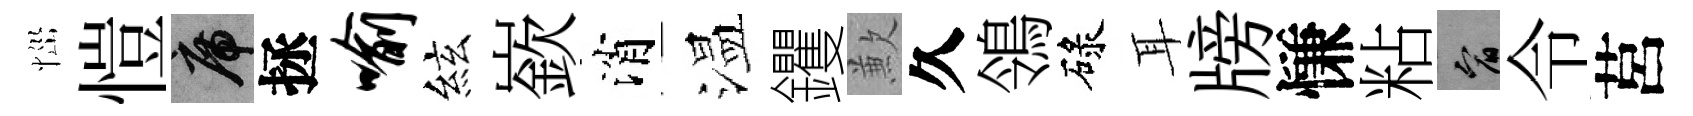
𢙉愷席拯喻絃嶔消温钁歉久鴒碌耳牓慊粘宥令莒